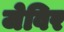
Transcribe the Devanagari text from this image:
जेविर